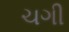
ચગી